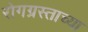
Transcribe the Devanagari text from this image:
रोगग्रस्ताच्या